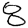
Digit: 8